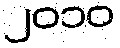
၂၀၁၀